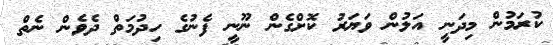
ކުރަމުން މިދަނީ އަލުން ވަޔަރު ކޮށްގެން ނޫނީ ފެނުގެ ހިދުމަތް ދެވެން ނެތް